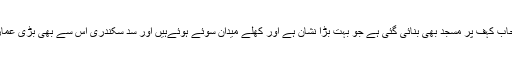
پھر اصحاب کہف پر مسجد بھی بنائی گئی ہے جو بہت بڑا نشان ہے اور کھلے میدان سوئے ہوئےہیں اور سد سکندری اس سے بھی بڑی عمارت ہے۔